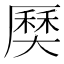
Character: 𡙽